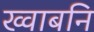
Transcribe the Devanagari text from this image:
ख्वाबनि